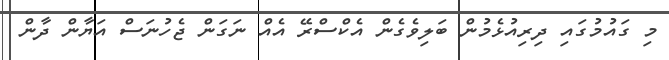
މި ގައުމުގައި ދިރިއުޅެމުން ބަލިވެގެން އެކްސްރޭ އެއް ނަގަން ޖެހުނަސް އަޔާން ދާން